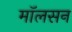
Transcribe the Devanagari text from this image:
मॉलसन